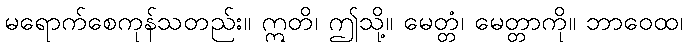
မရောက်စေကုန်သတည်း။ ဣတိ၊ ဤသို့။ မေတ္တံ၊ မေတ္တာကို။ ဘာဝေထ၊